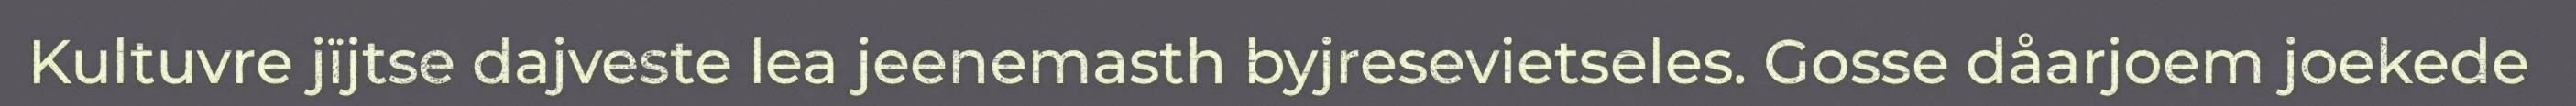
Kultuvre jïjtse dajveste lea jeenemasth byjresevietseles. Gosse dåarjoem joekede